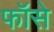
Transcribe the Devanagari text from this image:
फॉसे